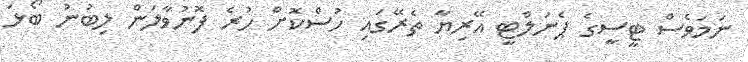
ނަމަވެސް ޓީސީގެ ޕެނަލްޓީ އޭރިޔާ ތެރޭގައި ހުސްކޮށް ހުރެ ފޮނުވާލަން ލިބުނު ބޯޅަ